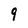
Character: 9